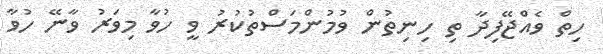
ހިތް ވެއްޖޭފިދާ ތި ހިނިތުން ވުމުންމަސްތުކުރު ވީ ހުވާ މިވަރު ވާނޭ ހުވާ